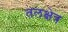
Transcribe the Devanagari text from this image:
तलक्षेत्र